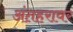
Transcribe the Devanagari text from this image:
अंतहरावर